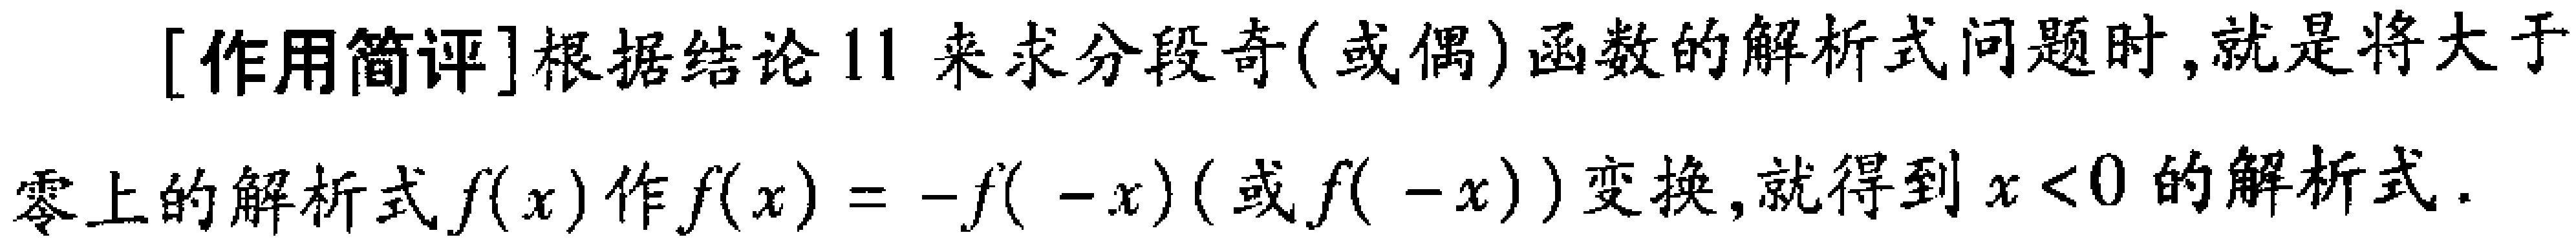
[作用简评]根据结论11来求分段奇(或偶)函数的解析式问题时,就是将大于零上的解析式\(f(x)\)作\(f(x)=-f( -x)\)(或\(f( -x)\))变换,就得到\(x < 0\)的解析式.